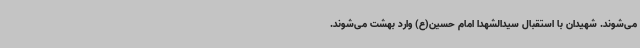
می‌شوند. شهیدان با استقبال سیدالشهدا امام حسین(ع) وارد بهشت می‌شوند.